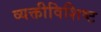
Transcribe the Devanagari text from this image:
व्यक्तीविशिष्ट